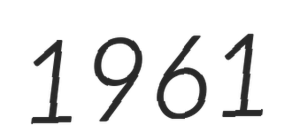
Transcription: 1961